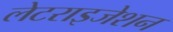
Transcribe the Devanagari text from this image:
लेटराइजेशन